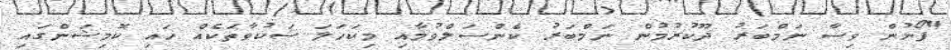
"ފޯނުން ވިސާ ނަމްބަރު ދޫކުރުމުން ނަމްބަރު ކެންސަލްވުމާއި މިކަހަލަ ޝަކުވާތަކެއް ހައި ކޮމިޝަންގައި